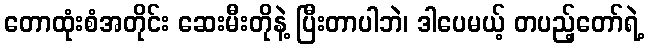
တောထုံးစံအတိုင်း ဆေးမီးတိုနဲ့ ပြီးတာပါဘဲ၊ ဒါပေမယ့် တပည့်တော်ရဲ့